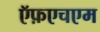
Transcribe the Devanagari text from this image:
ऍफ़एचएम